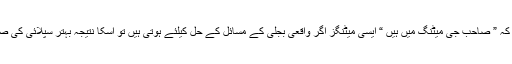
صارفین کو بڑے شاہانہ طریقے سے بتا یا جاتا ہے کہ ” صاحب جی میٹنگ میں ہیں “ ایسی میٹنگز اگر واقعی بجلی کے مسائل کے حل کیلئے ہوتی ہیں تو اُسکا نتیجہ بہتر سپلائی کی صورت میں عوام الناس کے سامنے آ جانا چاہیے تھا ۔